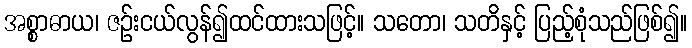
အစ္စာဓာယ၊ ဇဉ်းငယ်လွန်၍ထင်ထားသဖြင့်။ သတော၊ သတိနှင့် ပြည့်စုံသည်ဖြစ်၍။